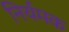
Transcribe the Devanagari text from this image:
निर्यमक